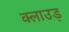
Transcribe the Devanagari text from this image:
क्लाउड़